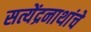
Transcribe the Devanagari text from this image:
सत्येंद्रनाथांचे